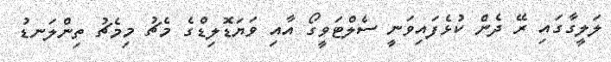
ލަލީގާގައި ރޭ ދެން ކުޅެފައިވަނީ ސެލްޓަވީގޯ އާއި ވަޔަޑޮލިޑްގެ މެޗު މިމެޗު ތިންލަނޑު